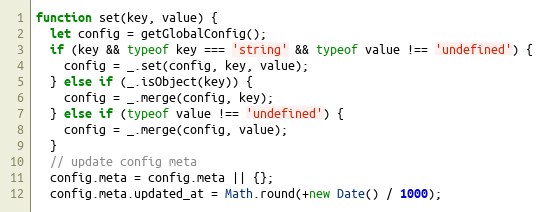
Language: JavaScript
function set(key, value) {
  let config = getGlobalConfig();
  if (key && typeof key === 'string' && typeof value !== 'undefined') {
    config = _.set(config, key, value);
  } else if (_.isObject(key)) {
    config = _.merge(config, key);
  } else if (typeof value !== 'undefined') {
    config = _.merge(config, value);
  }
  // update config meta
  config.meta = config.meta || {};
  config.meta.updated_at = Math.round(+new Date() / 1000);